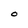
Character: O